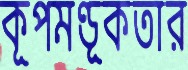
কূপমণ্ডূকতার